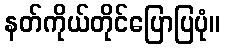
နတ်ကိုယ်တိုင်ပြောပြပုံ။